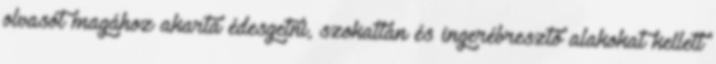
olvasót magához akarta édesgetni, szokatlan és ingerébresztő alakokat kellett